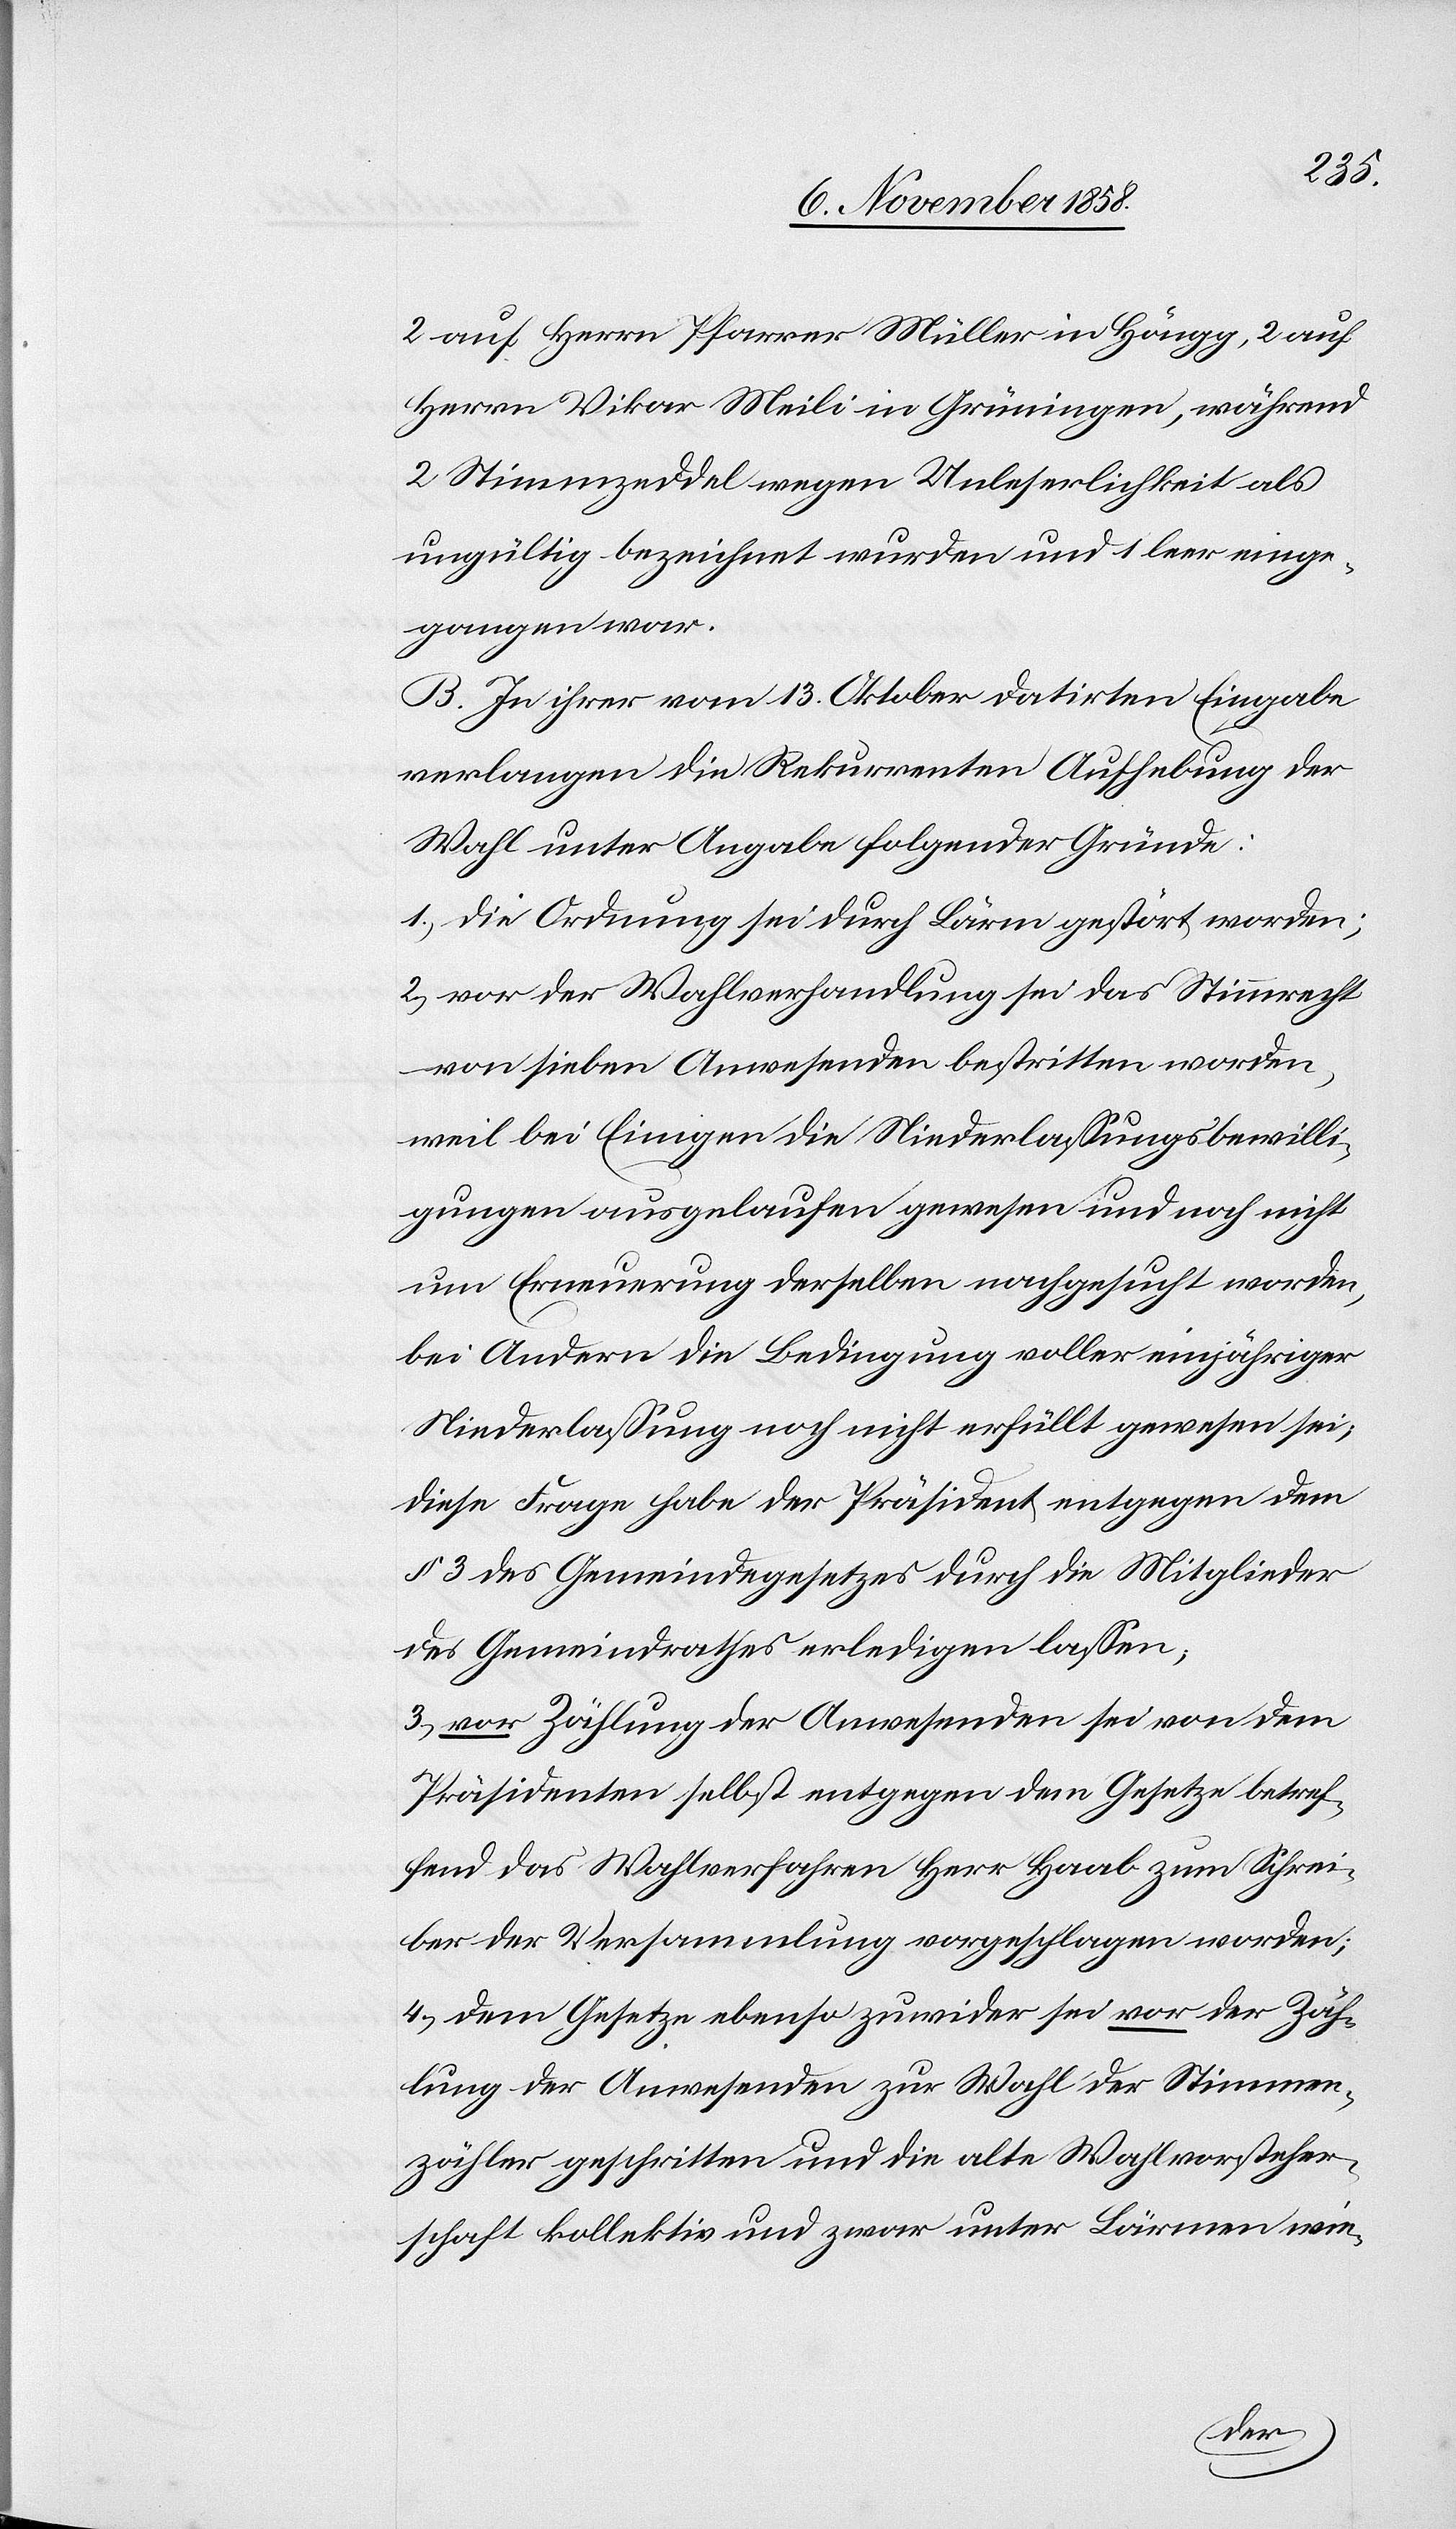
2 auf Herrn Pfarrer Müller in Höngg, 2 auf
Herrn Vikar Meili in Grüningen, während
2 Stimmzeddel wegen Unleserlichkeit als
ungültig bezeichnet wurden und 1 leer einge¬
gangen war.
B. In ihrer vom 13. Oktober datirten Eingabe
verlangen die Rekurrenten Aufhebung der
Wahl unter Angabe folgender Gründe:
1.) Die Ordnung sei durch Lärm gestört worden;
2.) vor der Wahlverhandlung sei das Stimmrecht
von sieben Anwesenden bestritten worden,
weil bei Einigen die Niederlassungsbewilli¬
gungen ausgelaufen gewesen und noch nicht
um Erneuerung derselben nachgesucht worden,
bei Andern die Bedingung voller einjähriger
Niederlassung noch nicht erfüllt gewesen sei;
diese Frage habe der Präsident entgegen dem
§ 3 des Gemeindegesetzes durch die Mitglieder
des Gemeindrathes erledigen lassen;
3.) vor Zählung der Anwesenden sei von dem
Präsidenten selbst entgegen dem Gesetze betref¬
fend das Wahlverfahren Herr Haab zum Schrei¬
ber der Versammlung vorgeschlagen worden;
4.) dem Gesetze ebenso zuwider sei vor der Zäh¬
lung der Anwesenden zur Wahl der Stimmen¬
zähler geschritten und die alte Wahlvorsteher¬
schaft kollektiv und zwar unter Lärmen wie-